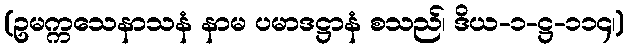
(ဥမက္ကသေနာသနံ နာမ ပမာဒဋ္ဌာနံ စသည်၊ ဒိယ-၁-ဋ္ဌ-၁၁၄၊)